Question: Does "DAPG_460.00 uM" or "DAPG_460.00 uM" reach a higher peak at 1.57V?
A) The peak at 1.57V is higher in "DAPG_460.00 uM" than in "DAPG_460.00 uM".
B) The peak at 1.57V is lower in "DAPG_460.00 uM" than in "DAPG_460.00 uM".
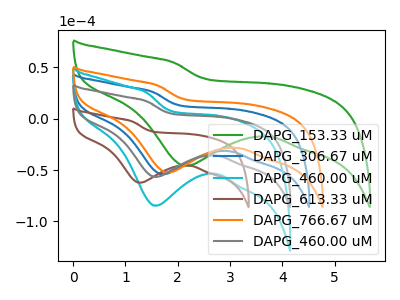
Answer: <think>The green curve "DAPG_153.33 uM" has a cathodic peak at: (2.15V, -45.90uA). The blue curve "DAPG_306.67 uM" has a cathodic peak at: (1.70V, -54.10uA). The cyan curve "DAPG_460.00 uM" has a cathodic peak at: (1.55V, -84.75uA). The brown curve "DAPG_613.33 uM" has a cathodic peak at: (1.25V, -62.30uA). The orange curve "DAPG_766.67 uM" has a cathodic peak at: (1.80V, -52.30uA). The gray curve "DAPG_460.00 uM" has a cathodic peak at: (1.55V, -56.65uA).</think>
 <answer>A) The peak at 1.57V is higher in "DAPG_460.00 uM" than in "DAPG_460.00 uM".</answer>
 <eval>A</eval>